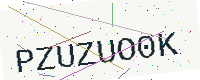
Text: PZUZUO0K